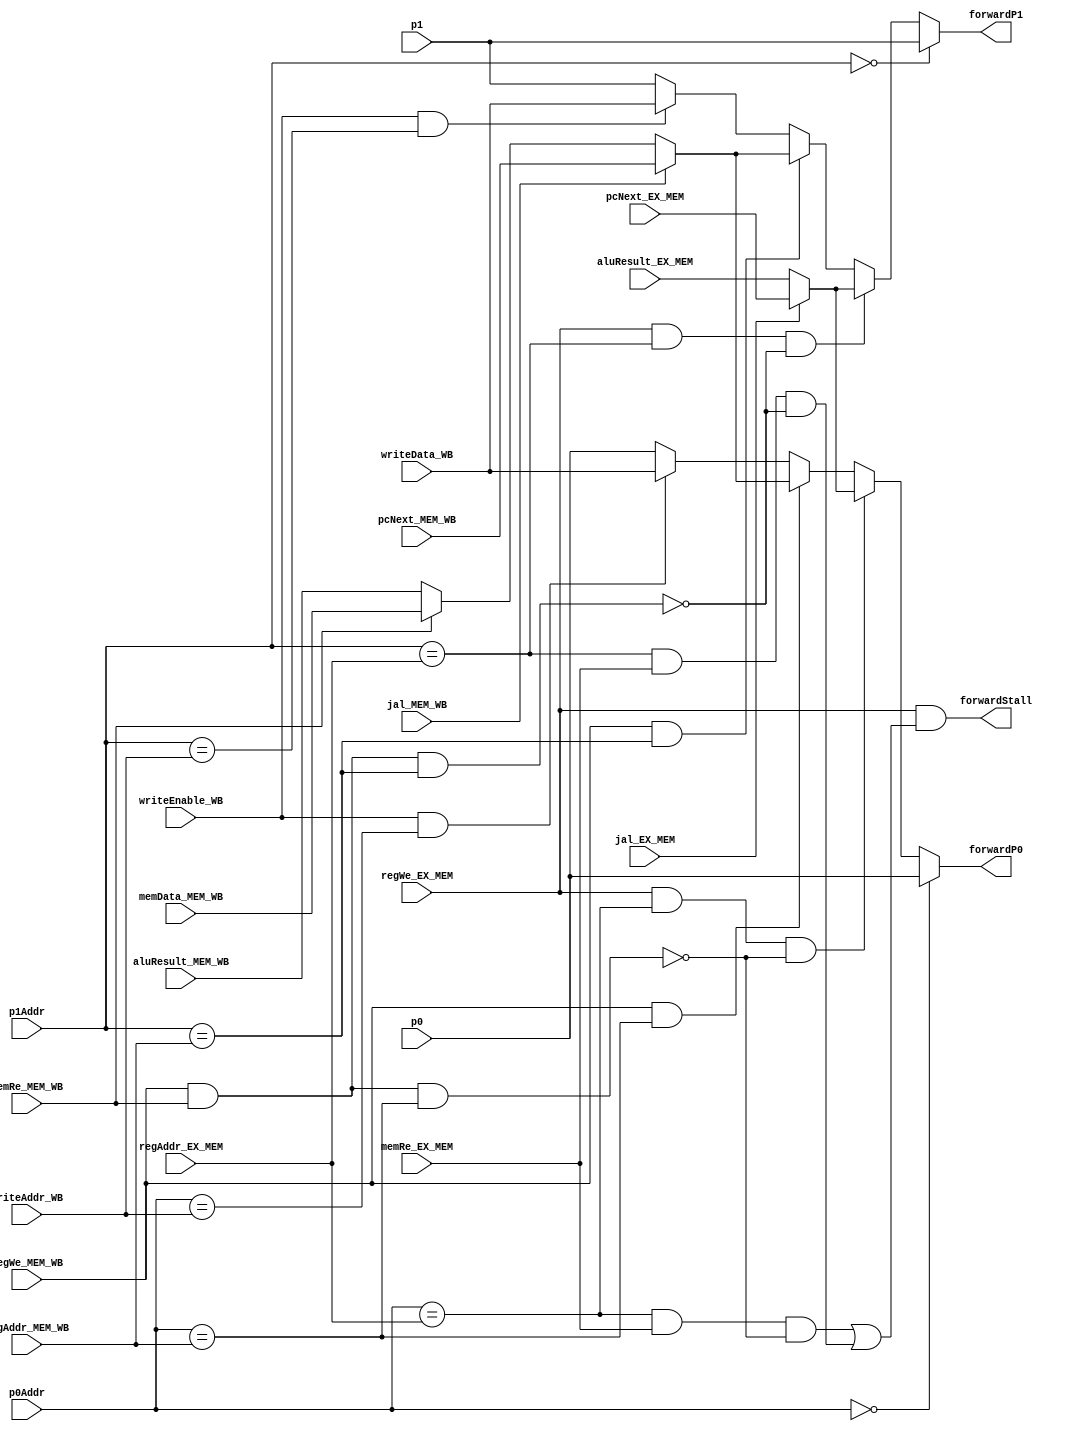
module ExecuteForwarding(p0, p1, p0Addr, p1Addr, regAddr_EX_MEM, regWe_EX_MEM, aluResult_EX_MEM, jal_EX_MEM, pcNext_EX_MEM, memRe_EX_MEM, regAddr_MEM_WB, regWe_MEM_WB, aluResult_MEM_WB, jal_MEM_WB, pcNext_MEM_WB, memRe_MEM_WB, memData_MEM_WB, writeData_WB, writeAddr_WB, writeEnable_WB, forwardP0, forwardP1, forwardStall);
  input [15:0] p0, p1, aluResult_EX_MEM, pcNext_EX_MEM, aluResult_MEM_WB, pcNext_MEM_WB, memData_MEM_WB, writeData_WB;
  input [3:0] p0Addr, p1Addr, regAddr_EX_MEM, regAddr_MEM_WB, writeAddr_WB;
  input regWe_EX_MEM, jal_EX_MEM, memRe_EX_MEM, regWe_MEM_WB, jal_MEM_WB, memRe_MEM_WB, writeEnable_WB;
  output [15:0] forwardP0, forwardP1;
  output forwardStall;

  wire [15:0] memoryForwarding, writeBackForwarding;

  assign memoryForwarding = jal_EX_MEM ? pcNext_EX_MEM : aluResult_EX_MEM;
  assign writeBackForwarding = jal_MEM_WB ? pcNext_MEM_WB : (memRe_MEM_WB ? memData_MEM_WB : aluResult_MEM_WB);

  assign forwardP0 = (p0Addr == 4'b0000) ? p0 : 
                     (regWe_EX_MEM && (p0Addr == regAddr_EX_MEM) && !(regWe_MEM_WB && memRe_MEM_WB && (p0Addr == regAddr_MEM_WB))) ? memoryForwarding :
                     (regWe_MEM_WB && (p0Addr == regAddr_MEM_WB)) ? writeBackForwarding:
                     (writeEnable_WB && (p0Addr == writeAddr_WB)) ? writeData_WB :
                      p0;
  assign forwardP1 = (p1Addr == 4'b0000) ? p1 : 
                     (regWe_EX_MEM && (p1Addr == regAddr_EX_MEM) && !(regWe_MEM_WB && memRe_MEM_WB && (p1Addr == regAddr_MEM_WB))) ? memoryForwarding :
                     (regWe_MEM_WB && (p1Addr == regAddr_MEM_WB)) ? writeBackForwarding :
                     (writeEnable_WB && (p1Addr == writeAddr_WB)) ? writeData_WB :
                      p1;

  assign forwardStall = (regWe_EX_MEM && 
                        (((p0Addr == regAddr_EX_MEM) && memRe_EX_MEM && 
                        !(regWe_MEM_WB && memRe_MEM_WB && (p0Addr == regAddr_MEM_WB))) || 
                        ((p1Addr == regAddr_EX_MEM) && memRe_EX_MEM &&
                        !(regWe_MEM_WB && memRe_MEM_WB && (p1Addr == regAddr_MEM_WB)))));

endmodule